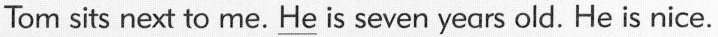
Tom sits next to me. \underline{He} is seven years old. He is nice.